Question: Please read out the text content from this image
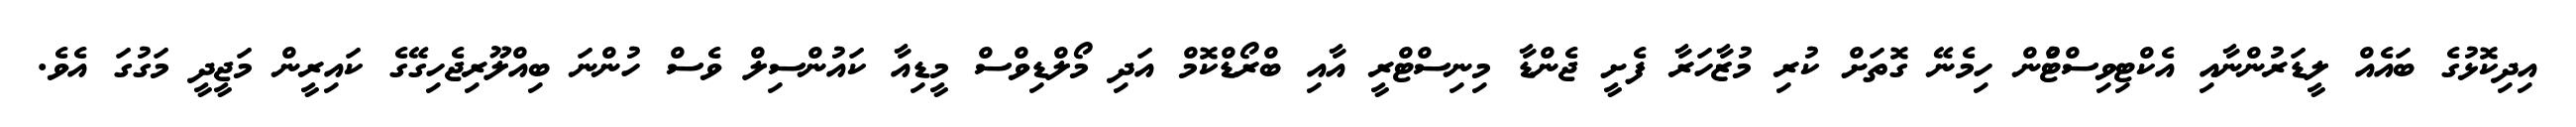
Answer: އިދިކޮޅުގެ ބައެއް ލީޑަރުންނާއި އެކްޓިވިސްޓްުން ހިމެނޭ ގޮތަށް ކުރި މުޒާހަރާ ފެށީ ޖެންޑާ މިނިސްޓްރީ އާއި ބްރޯޑްކޮމް އަދި މޯލްޑިވްސް މީޑިއާ ކައުންސިލް ވެސް ހުންނަ ބިއްލޫރިޖެހިގޭގެ ކައިރީން މަޖީދީ މަގުގަ އެވެ.